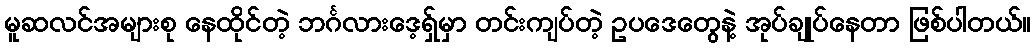
မူဆလင်အများစု နေထိုင်တဲ့ ဘင်္ဂလားဒေ့ရှ်မှာ တင်းကျပ်တဲ့ ဥပဒေတွေနဲ့ အုပ်ချုပ်နေတာ ဖြစ်ပါတယ်။